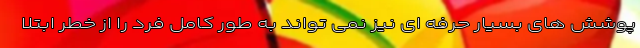
پوشش های بسیار حرفه ای نیز نمی تواند به طور کامل فرد را از خطر ابتلا